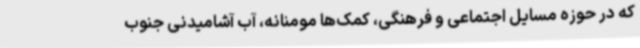
که در حوزه مسایل اجتماعی و فرهنگی، کمک‌ها مومنانه، آب آشامیدنی جنوب